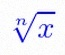
\sqrt[n]{x}